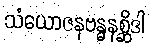
သံယောဇနဗန္ဓနစ္ဆိဒါ